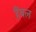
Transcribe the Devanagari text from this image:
हैंबल